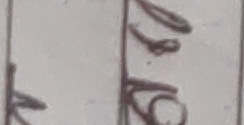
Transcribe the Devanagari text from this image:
४७६